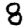
Digit: 8